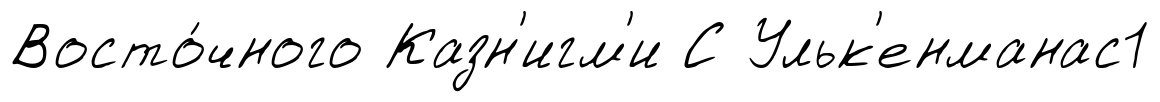
Восто́чного Казн'игм'и С Ульк'енманас1